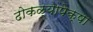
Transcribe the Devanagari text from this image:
ढोकळ्यापेक्षा